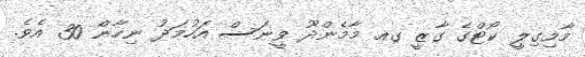
މާމިގިލީ ކޯޓްގެ ގާޒީ ގއ މާމެންދޫ ވީނަސް އަހުމަދު ނިހާން 30 އެވެ.